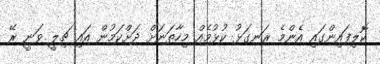
ކޮލިފައިންގައި އެންމެ ރަނގަޅު ކުޅުމެއް މިހާތަނަށް ދަށްކަމުން އައި ޗިލީ ވަނީ ރޭ